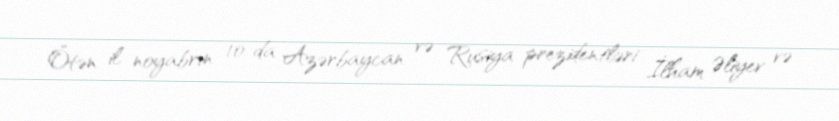
Ötən il noyabrın 10-da Azərbaycan və Rusiya prezidentləri İlham Əliyev və